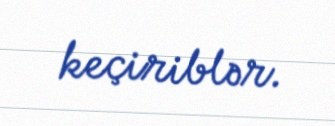
keçiriblər.